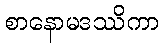
စာနောမဒဿိကာ